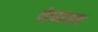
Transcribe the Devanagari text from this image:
वेषातच